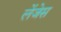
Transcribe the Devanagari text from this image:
लेंजेस